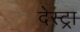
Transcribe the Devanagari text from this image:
देस्ट्रा